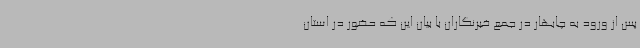
پس از ورود به چابهار در جمع خبرنگاران با بیان این که حضور در استان